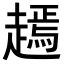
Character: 𧽞